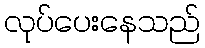
လုပ်ပေးနေသည်